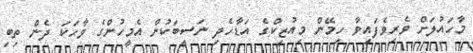
މާހައުލަށް ވެރިވެފައިވާ ހިމޭން މިއުޒިކްގެ އަޑާހެދި ނަސީބަކުން އެމީހުންގެ ވާހަކަ ދެން ތިބި